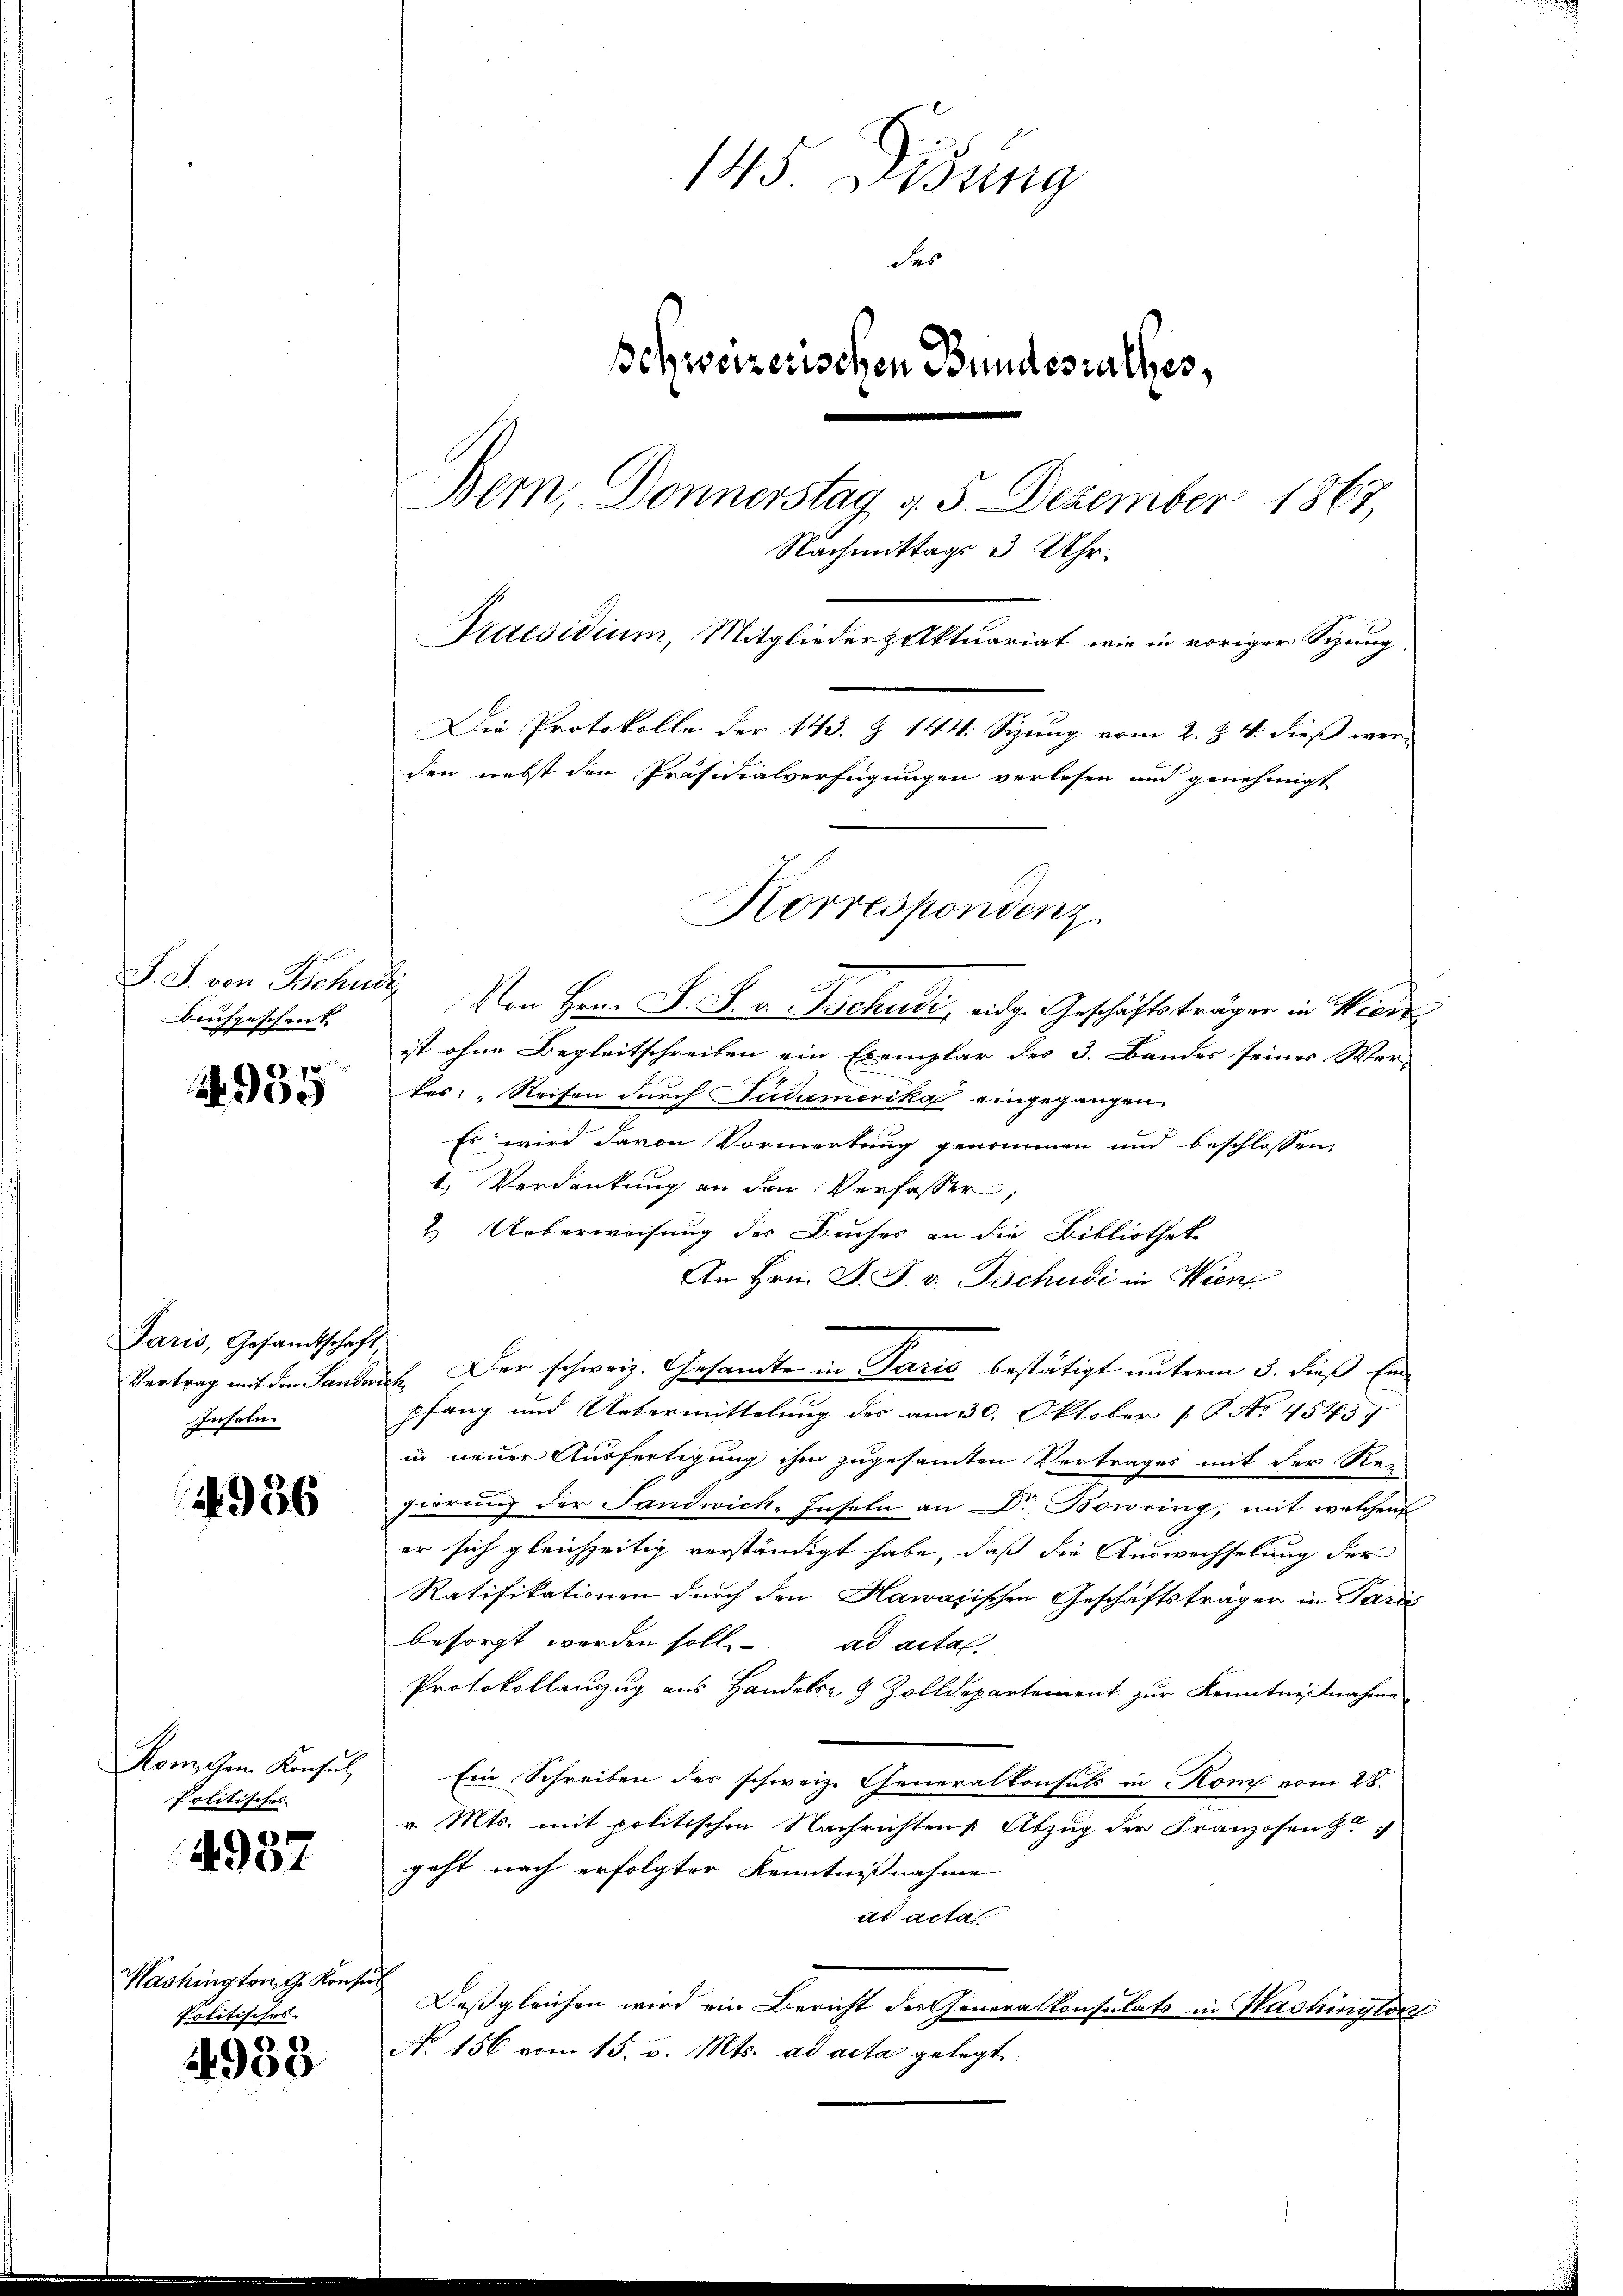
Bruchgeschenk

2935

Paris, Gesandtschaft,
Vertrag mit den Sande
Inseln.

4956

Komischen Konsul
Politisches.

4937

Washington G. Konse
Politisches.

4989

145 Lösung
des
Behweizerischen Bundesrathes,
Bern, Donnerstag d. 5. Dezember 1867,
Nachmittags 3 Uhr.
Praesidium, Mitgliederzuktuariat, wie in voriger Sizung.
Die Protokolle der 143. Z. 144. Sizung vom 2. §. 4. dieß wer-
den nebst den Präsidialverfügungen verlesen und genehmigt

Korrespondenz.

S. S. von Schudi  Von Hrn. F. S. v. Tschudi, eidg. Geschäftsträger in Wider
ist ohne Begleitschreiben ein Exemplar des 3. Bandes seines Wer-
kes: " Reisen durch Südamerika eingegangen
Es wird davon Vormerkung genommen und beschlossen,
1.) Verdankung an den Verfasser,
2. Ueberweisung der Buches an die Bibliothek
An Hrn. J. F. v. Tschudi in Wien
ich. Der schweiz. Gesandte in Paris bestätigt unterm 5. dieß Ein
pfang und Uebermittelung der am 30. Oktober 1. No. 4545.
in neuer Ausfertigung ihm zugesamten Vertrages mit der Re-
gierung der Landwich, Inseln an Dr. Bowring, mit welchen
er sich gleichzeitig verständigt habe, daß die Auswachselung der
Ratifikationen durch den Hawarischen Geschäftsträger in Paris
besorgt worden soll
ad acta.
Protokollauszug aus Handels- & Zolldepartement zur Kenntnißnahme
Ein Schreiben der schweiz. Generalkonsuls in Kom vom 28.
v. Mts. mit politischen Nachrichten Abzug der Franzosen z
geht nach erfolgter Kenntnißnahme
ad acta
ich
Deßgleichen wird ein Bericht der Generalkonsulats in Washingten
No. 156 vom 15. v. Mts. ad acta gelegt.